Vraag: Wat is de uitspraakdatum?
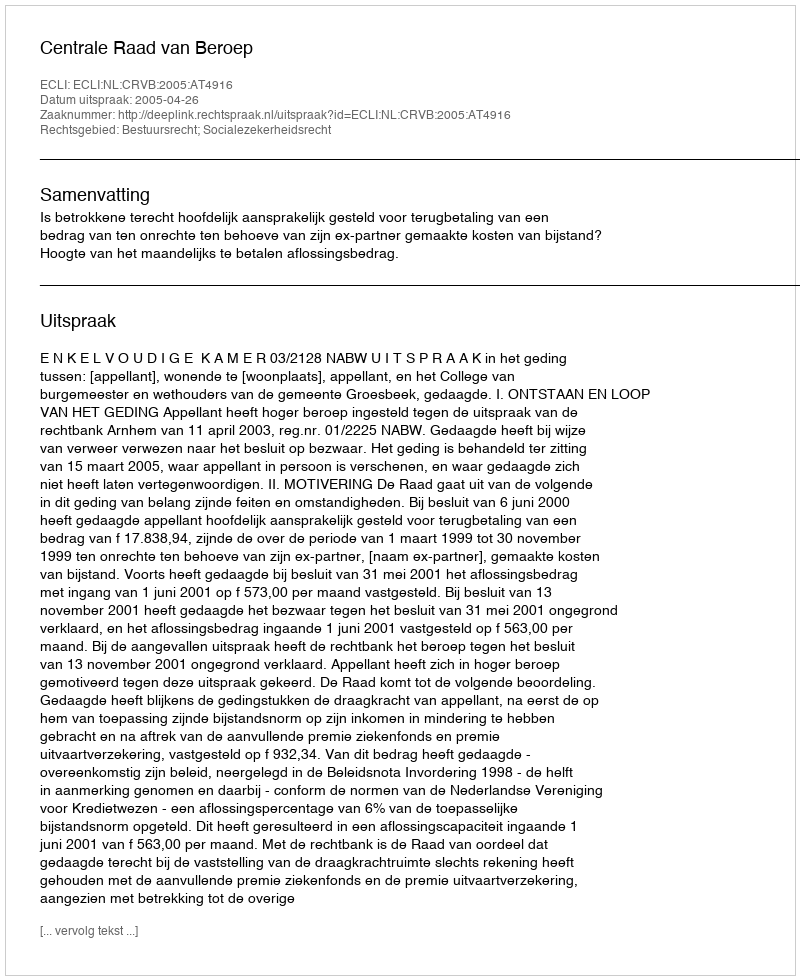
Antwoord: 2005-04-26